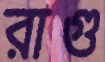
রাগু